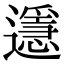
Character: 𨘓